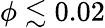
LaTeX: \phi\lesssim 0.02